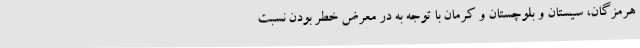
هرمزگان، سیستان و بلوچستان و کرمان با توجه به در معرض خطر بودن نسبت